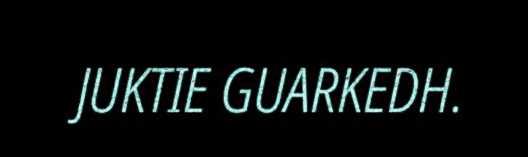
JUKTIE GUARKEDH.